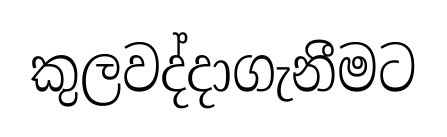
කුලවද්දාගැනීමට